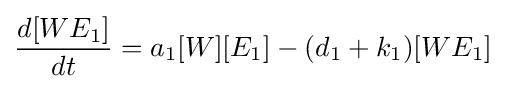
{\frac {d[WE_{1}]}{dt}}=a_{1}[W][E_{1}]-(d_{1}+k_{1})[WE_{1}]